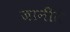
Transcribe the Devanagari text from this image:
जानीते